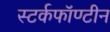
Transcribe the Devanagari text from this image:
स्टर्कफॉण्टीन